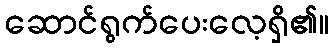
ဆောင်ရွက်ပေးလေ့ရှိ၏။